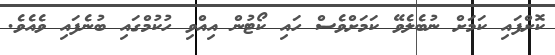
ކޮށްފައި ކަމަށް ނުބެލެވޭ ކަމަށްވެސް ހައި ކޯޓުން އިއްވި ހުކުމްގައި ބުނެފައި ވެއެވެ.